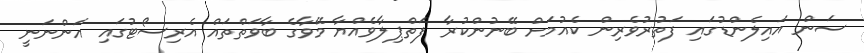
ސަން އައިލެންޑުގައި ފަތުރުވެރިން ކެއުމަށް ބޭނުންކުރާ ފަތްޕިލާވެއްޔާ މޭވާގެ ބާވަތްތައް އެރިސޯޓުގައި އަންނަނީ